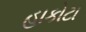
હાકોટા